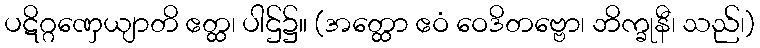
ပဋိဂ္ဂဏှေယျာတိ ဧတ္ထ၊ ပါဌ်၌။ (အတ္ထော ဧဝံ ဝေဒိတဗ္ဗော၊ ဘိက္ခုနီ၊ သည်၊)